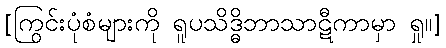
[ကြွင်းပုံစံများကို ရူပသိဒ္ဓိဘာသာဋီကာမှာ ရှု။]